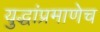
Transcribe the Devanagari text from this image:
युद्धांप्रमाणेच